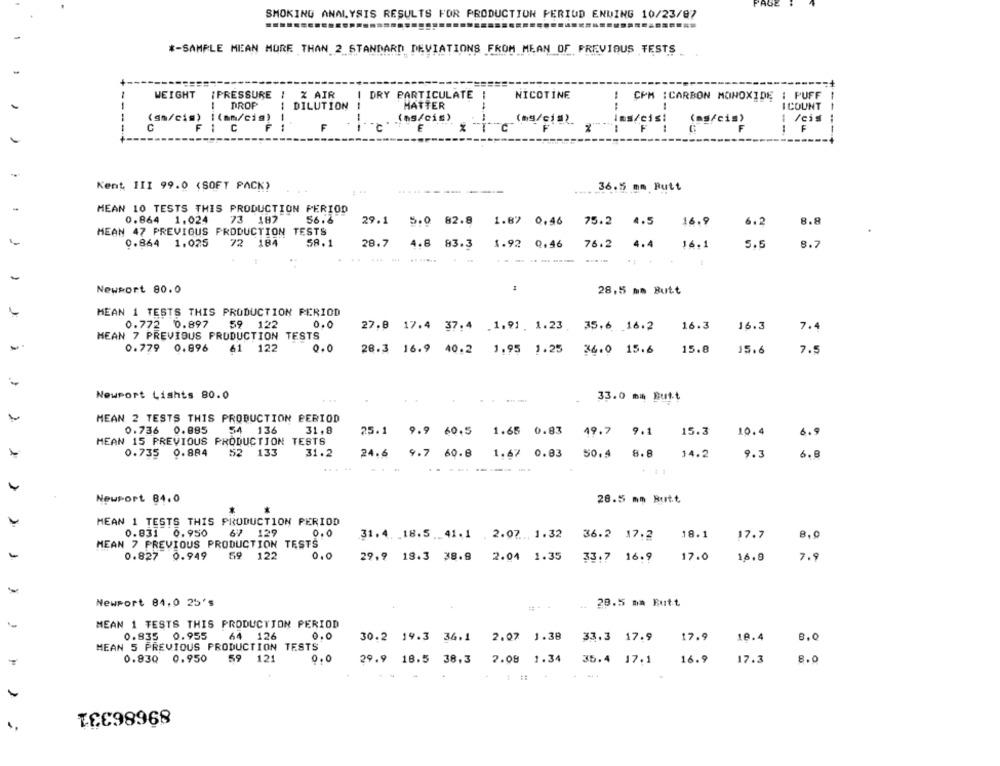
"AGE
SMOKING ANALYSIS RESULTS FOR PRODUCTION PERIOD ENDING 10/23/87
*- SAMPLE MEAN MORE THAN 2 STANDARD DEVIATIONS FROM MEAN OF PREVIOUS TESTS
1 % AIR
WEIGHT
IPRESSURE
DRY PARTICULATE
NICOTINE
CPM :CARBON MONOXIDE : PUFF
DROP
DILUTION
MATTER
I COUNT
--
(sn/cis) [(mm/cis)
--
(ns/cis)
/cis
F
(ms/cia) ins/etsi (ns/cis)
--
Kent III 99.0 (SOFT PACK)
36.5 mm Butt
MEAN 10 TESTS THIS PRODUCTION PERIOD
0.864 1.024
73 187
56.6
29.1 5.0 82.8 1.87 0.46
75.2
4.5
16.9
6.2
8.8
MEAN 47 PREVIOUS PRODUCTION TESTS
0.864 1.025
72 184
58.1
28.7
4.8 83.3
1.92 0.46
76.2
4.4
16.1
5.5
8.7
-------
Newport 80.0
28,5 mm Butt
MEAN 1 TESTS THIS PRODUCTION PERIOD
0.772 0.897
59 122
0.0
27.0 17.4 37.4 .1.91. 1.23. 35.6 16.2
16.3
16.3
7.4
MEAN 7 PREVIOUS PRODUCTION TESTS
0.779 0.896
61 122
0.0
28.3 16.9 40.2 1.95 1.25 36.0 15.6
15.8
15.6
7.5
Newport Lights 80.0
33.0 mm Butt
MEAN 2 TESTS THIS PRODUCTION PERIOD
0.736 0.885
54
136
31.8
49.7
10.4
25.1 9.9 60.5
1.65 0.83
9.1
15.3
6.
MEAN 15 PREVIOUS PRODUCTION TESTS
0.735 0.884
52 133
31.2
50.4
8.8
9.3
24.6 9.7 60.8 1.67 0.83
14.2
6.8
. 44
+ 11
Newport 84.0
28.5 mm Butt
MEAN 1 TESTS THIS PRODUCTION PERIOD
0.831 0.950
67 129
0.0
31.4. 18.5 .41.1 .2.07. 1.32
36.2 17.2
18.1
17.7
8,0
MEAN 7 PREVIOUS PRODUCTION TESTS
0.827
0.949
69 122
0.0
29.9 18.3 38.8 2.04 1.35
33.7 16.9
17.0
16.9
7.9
Newport 84,0 25's
28.5 mm Butt
MEAN 1 TESTS THIS PRODUCTION PERIOD
0.835
0.955
61
126
0.0
30.2 19.3 36.1
2.07 1.38
33.3 17.9
17.9
10.4
8.0
MEAN 5 PREVIOUS PRODUCTION TESTS
0.830
0.950
59 121
0,0
29.9 18.5 38.3
2.08 1.34
35.4 17.1
16.9
17.3
8.0
89686331